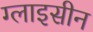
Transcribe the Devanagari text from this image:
ग्लाइसीन